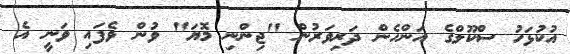
އުކުޅަހު ސްކޫލްގެ އަންހެން ދަރިވަރުން "ޖިންނި މޮޔަ" ވުން ވެފައި ވަނީ އެ